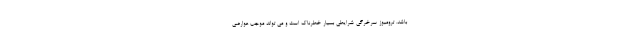
باشد. ترومبوز سرخرگی شرایطی بسیار خطرناک است و می تواند موجب عوارضی